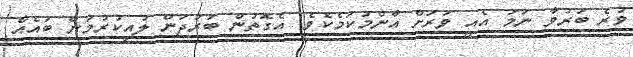
ވުރެ ބަރުވާ ނަމަ އެއީ ވަރަށް އާންމުކަމެކެވެ. އެގޮތުން ބަރުދަން ލުއިކުރުމުން ބައެއް